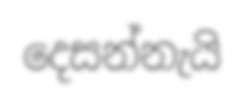
දෙසන්නැයි